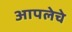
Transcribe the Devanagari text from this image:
आपलेचे